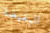
البغيضة